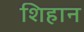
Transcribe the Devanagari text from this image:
शिहान